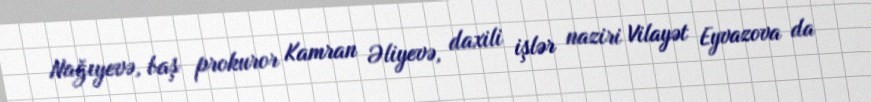
Nağıyevə, baş prokuror Kamran Əliyevə, daxili işlər naziri Vilayət Eyvazova da